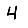
Digit: 4